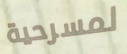
لمسرحية